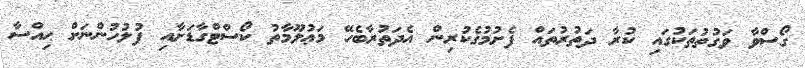
ގޯސްވާ ވަގުތުތަކުގައި ކުރާ ދަތުރުތައް ފެށުމުގެކުރިން އެދަތުރާބެހޭ މަޢުލޫމާތު ކޯސްޓްގާޑަށާއި ފުލުހުންނަށް ޙިއްސާ